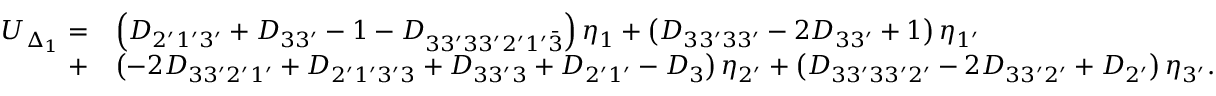
\begin{array} { r l } { U _ { \Delta _ { 1 } } = } & { \left( { { D _ { 2 ^ { \prime } 1 ^ { \prime } 3 ^ { \prime } } } + { D _ { 3 3 ^ { \prime } } } - 1 - { D _ { 3 3 ^ { \prime } 3 3 ^ { \prime } 2 ^ { \prime } 1 ^ { \prime } \bar { 3 } } } } \right) { \eta _ { 1 } } + \left( { { D _ { 3 3 ^ { \prime } 3 3 ^ { \prime } } } - 2 { D _ { 3 3 ^ { \prime } } } + 1 } \right) { \eta _ { 1 ^ { \prime } } } } \\ { + } & { \left( { - 2 { D _ { 3 3 ^ { \prime } 2 ^ { \prime } 1 ^ { \prime } } } + { D _ { 2 ^ { \prime } 1 ^ { \prime } 3 ^ { \prime } 3 } } + { D _ { 3 3 ^ { \prime } 3 } } + { D _ { 2 ^ { \prime } 1 ^ { \prime } } } - { D _ { 3 } } } \right) { \eta _ { 2 ^ { \prime } } } + \left( { { D _ { 3 3 ^ { \prime } 3 3 ^ { \prime } 2 ^ { \prime } } } - 2 { D _ { 3 3 ^ { \prime } 2 ^ { \prime } } } + { D _ { 2 ^ { \prime } } } } \right) { \eta _ { 3 ^ { \prime } } } . } \end{array}